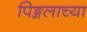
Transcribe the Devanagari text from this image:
पिङ्गलाच्या